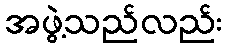
အဖွဲ့သည်လည်း